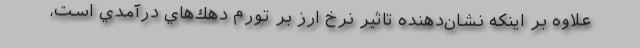
علاوه بر اينكه نشان‌دهنده تاثير نرخ ارز بر تورم دهك‌هاي درآمدي است،